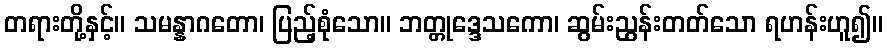
တရားတို့နှင့်။ သမန္နာဂတော၊ ပြည့်စုံသော။ ဘတ္တုဒ္ဒေသကော၊ ဆွမ်းညွန်းတတ်သော ရဟန်းဟူ၍။